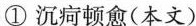
①沉疴顿愈(本文)